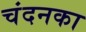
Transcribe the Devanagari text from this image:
चंदनका